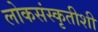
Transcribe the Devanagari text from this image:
लोकसंस्कृतीशी